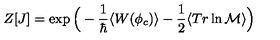
Z [ J ] = \exp \Big ( - \frac { 1 } { \hbar } \langle W ( \phi _ { c } ) \rangle - \frac { 1 } { 2 } \langle T r \ln { \cal M } \rangle \Big )